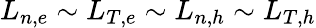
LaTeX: L_{n,e}\sim L_{T,e}\sim L_{n,h}\sim L_{T,h}